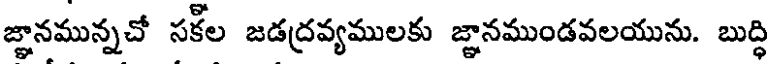
జ్ఞానమున్నచో సకీల జడద్రవ్యములకు జ్ఞానముండవలయును. బుద్ధి